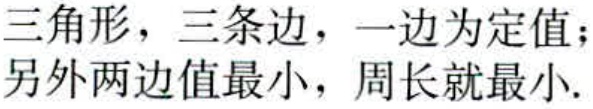
三角形，三条边，一边为定值；另外两边值最小，周长就最小.